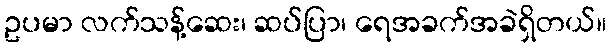
ဥပမာ လက်သန့်ဆေး၊ ဆပ်ပြာ၊ ရေအခက်အခဲရှိတယ်။